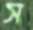
স